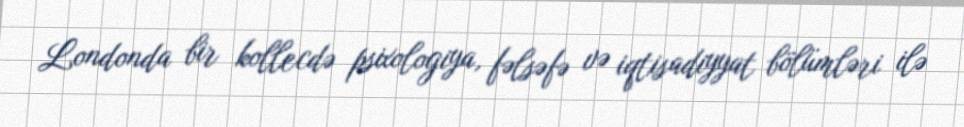
Londonda bir kollecdə psixologiya, fəlsəfə və iqtisadiyyat bölümləri ilə